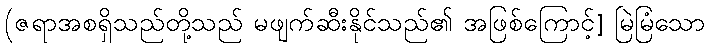
(ဇရာအစရှိသည်တို့သည် မဖျက်ဆီးနိုင်သည်၏ အဖြစ်ကြောင့်] မြဲမြံသော